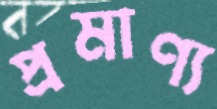
প্রমাণ্য